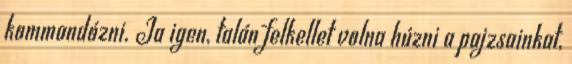
kommandózni. Ja igen, talán felkellet volna húzni a pajzsainkat,